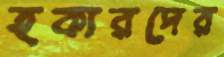
হকারদের